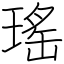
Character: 瑤